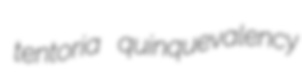
tentoria quinquevalency